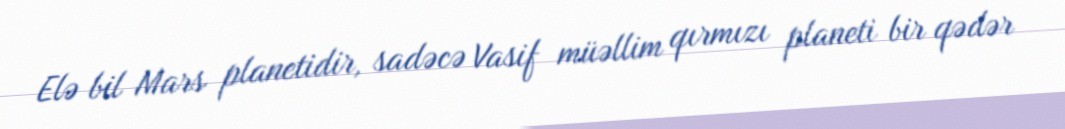
Elə bil Mars planetidir, sadəcə Vasif müəllim qırmızı planeti bir qədər